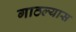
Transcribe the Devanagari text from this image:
गाठल्यास